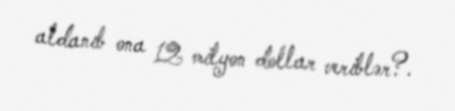
aldanıb ona 12 milyon dollar veriblər?.